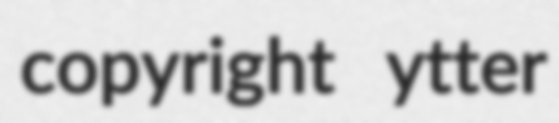
copyright ytter